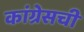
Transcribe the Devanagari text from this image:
कांग्रेसची